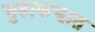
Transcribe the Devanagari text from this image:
मुहाफझात